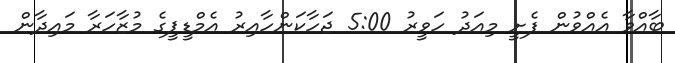
ބާއްވާ އެއްވުން ފެށީ މިއަދު ހަވީރު 5:00 ޖަހާކަންހާއިރު އެމްޑީޕީގެ މުޒާހަރާ މައިދާން